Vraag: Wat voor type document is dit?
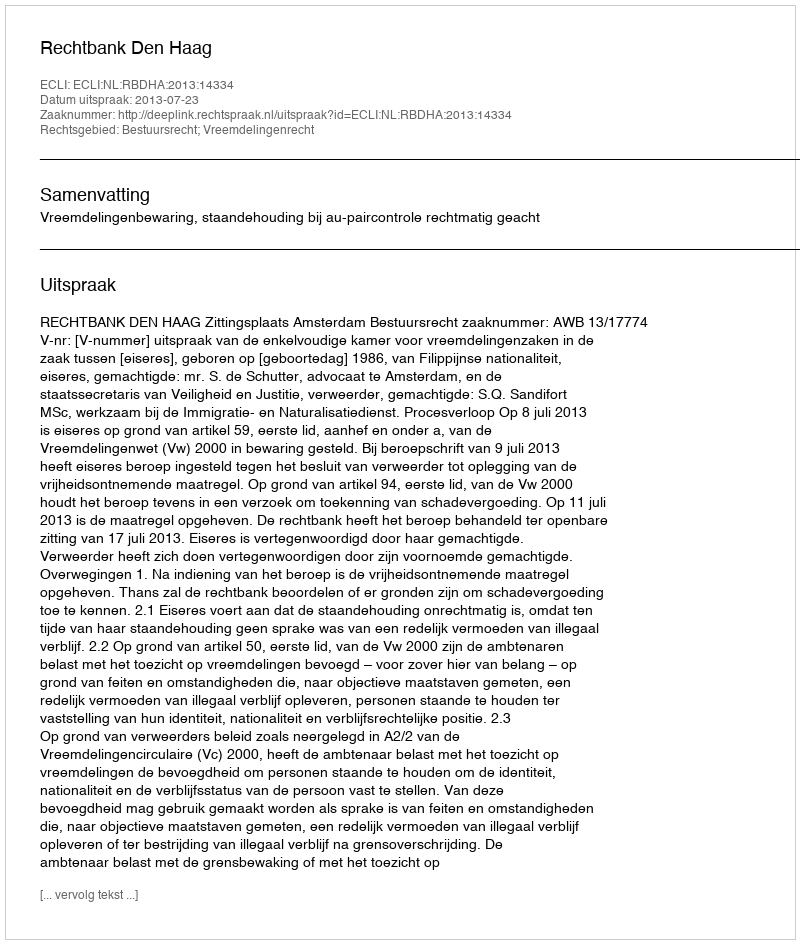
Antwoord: Uitspraak